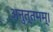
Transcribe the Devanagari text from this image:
अनुत्तमम्‌।